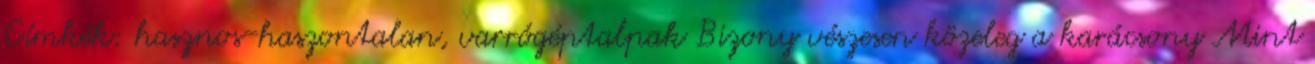
Címkék: hasznos-haszontalan, varrógéptalpak Bizony vészesen közeleg a karácsony Mint